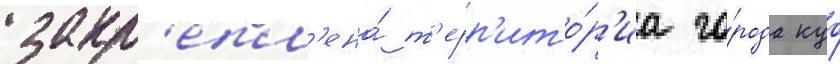
закр'епл'ена́ т'ерр'ито́р'иа го́рода куо